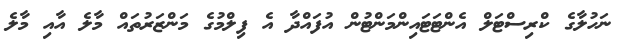
ނަހުލާގެ ކްރިސްޓަލް އެންޓަޓައިންމަންޓުން އުފައްދާ އެ ފިލްމުގެ މަންޒަރުތައް މާލެ އާއި މާލެ